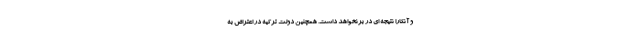
و آنکارا نتیجه ای در برنخواهد داشت. همچنین دولت ترکیه در اعتراض به